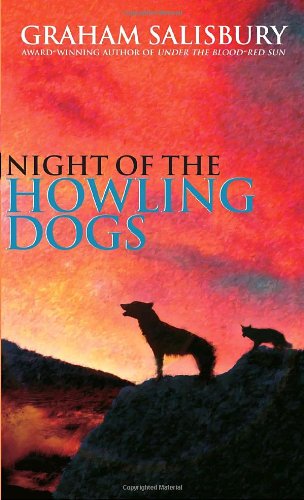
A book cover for Night of the Howling Dogs; Graham Salisbury; Teen & Young Adult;